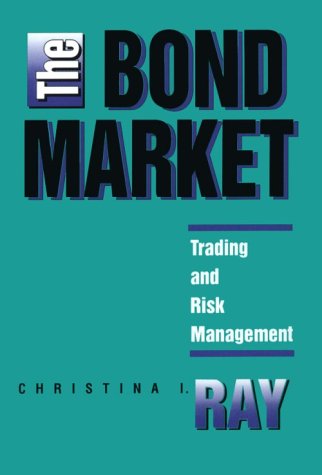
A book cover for The Bond Market: Trading and Risk Management; Chistina I. Ray; Business & Money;